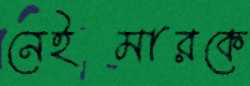
নেইমারকে